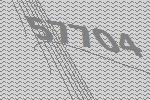
57704